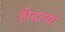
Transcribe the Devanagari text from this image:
होदल्या